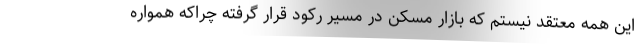
این همه معتقد نیستم که بازار مسکن در مسیر رکود قرار گرفته چراکه همواره